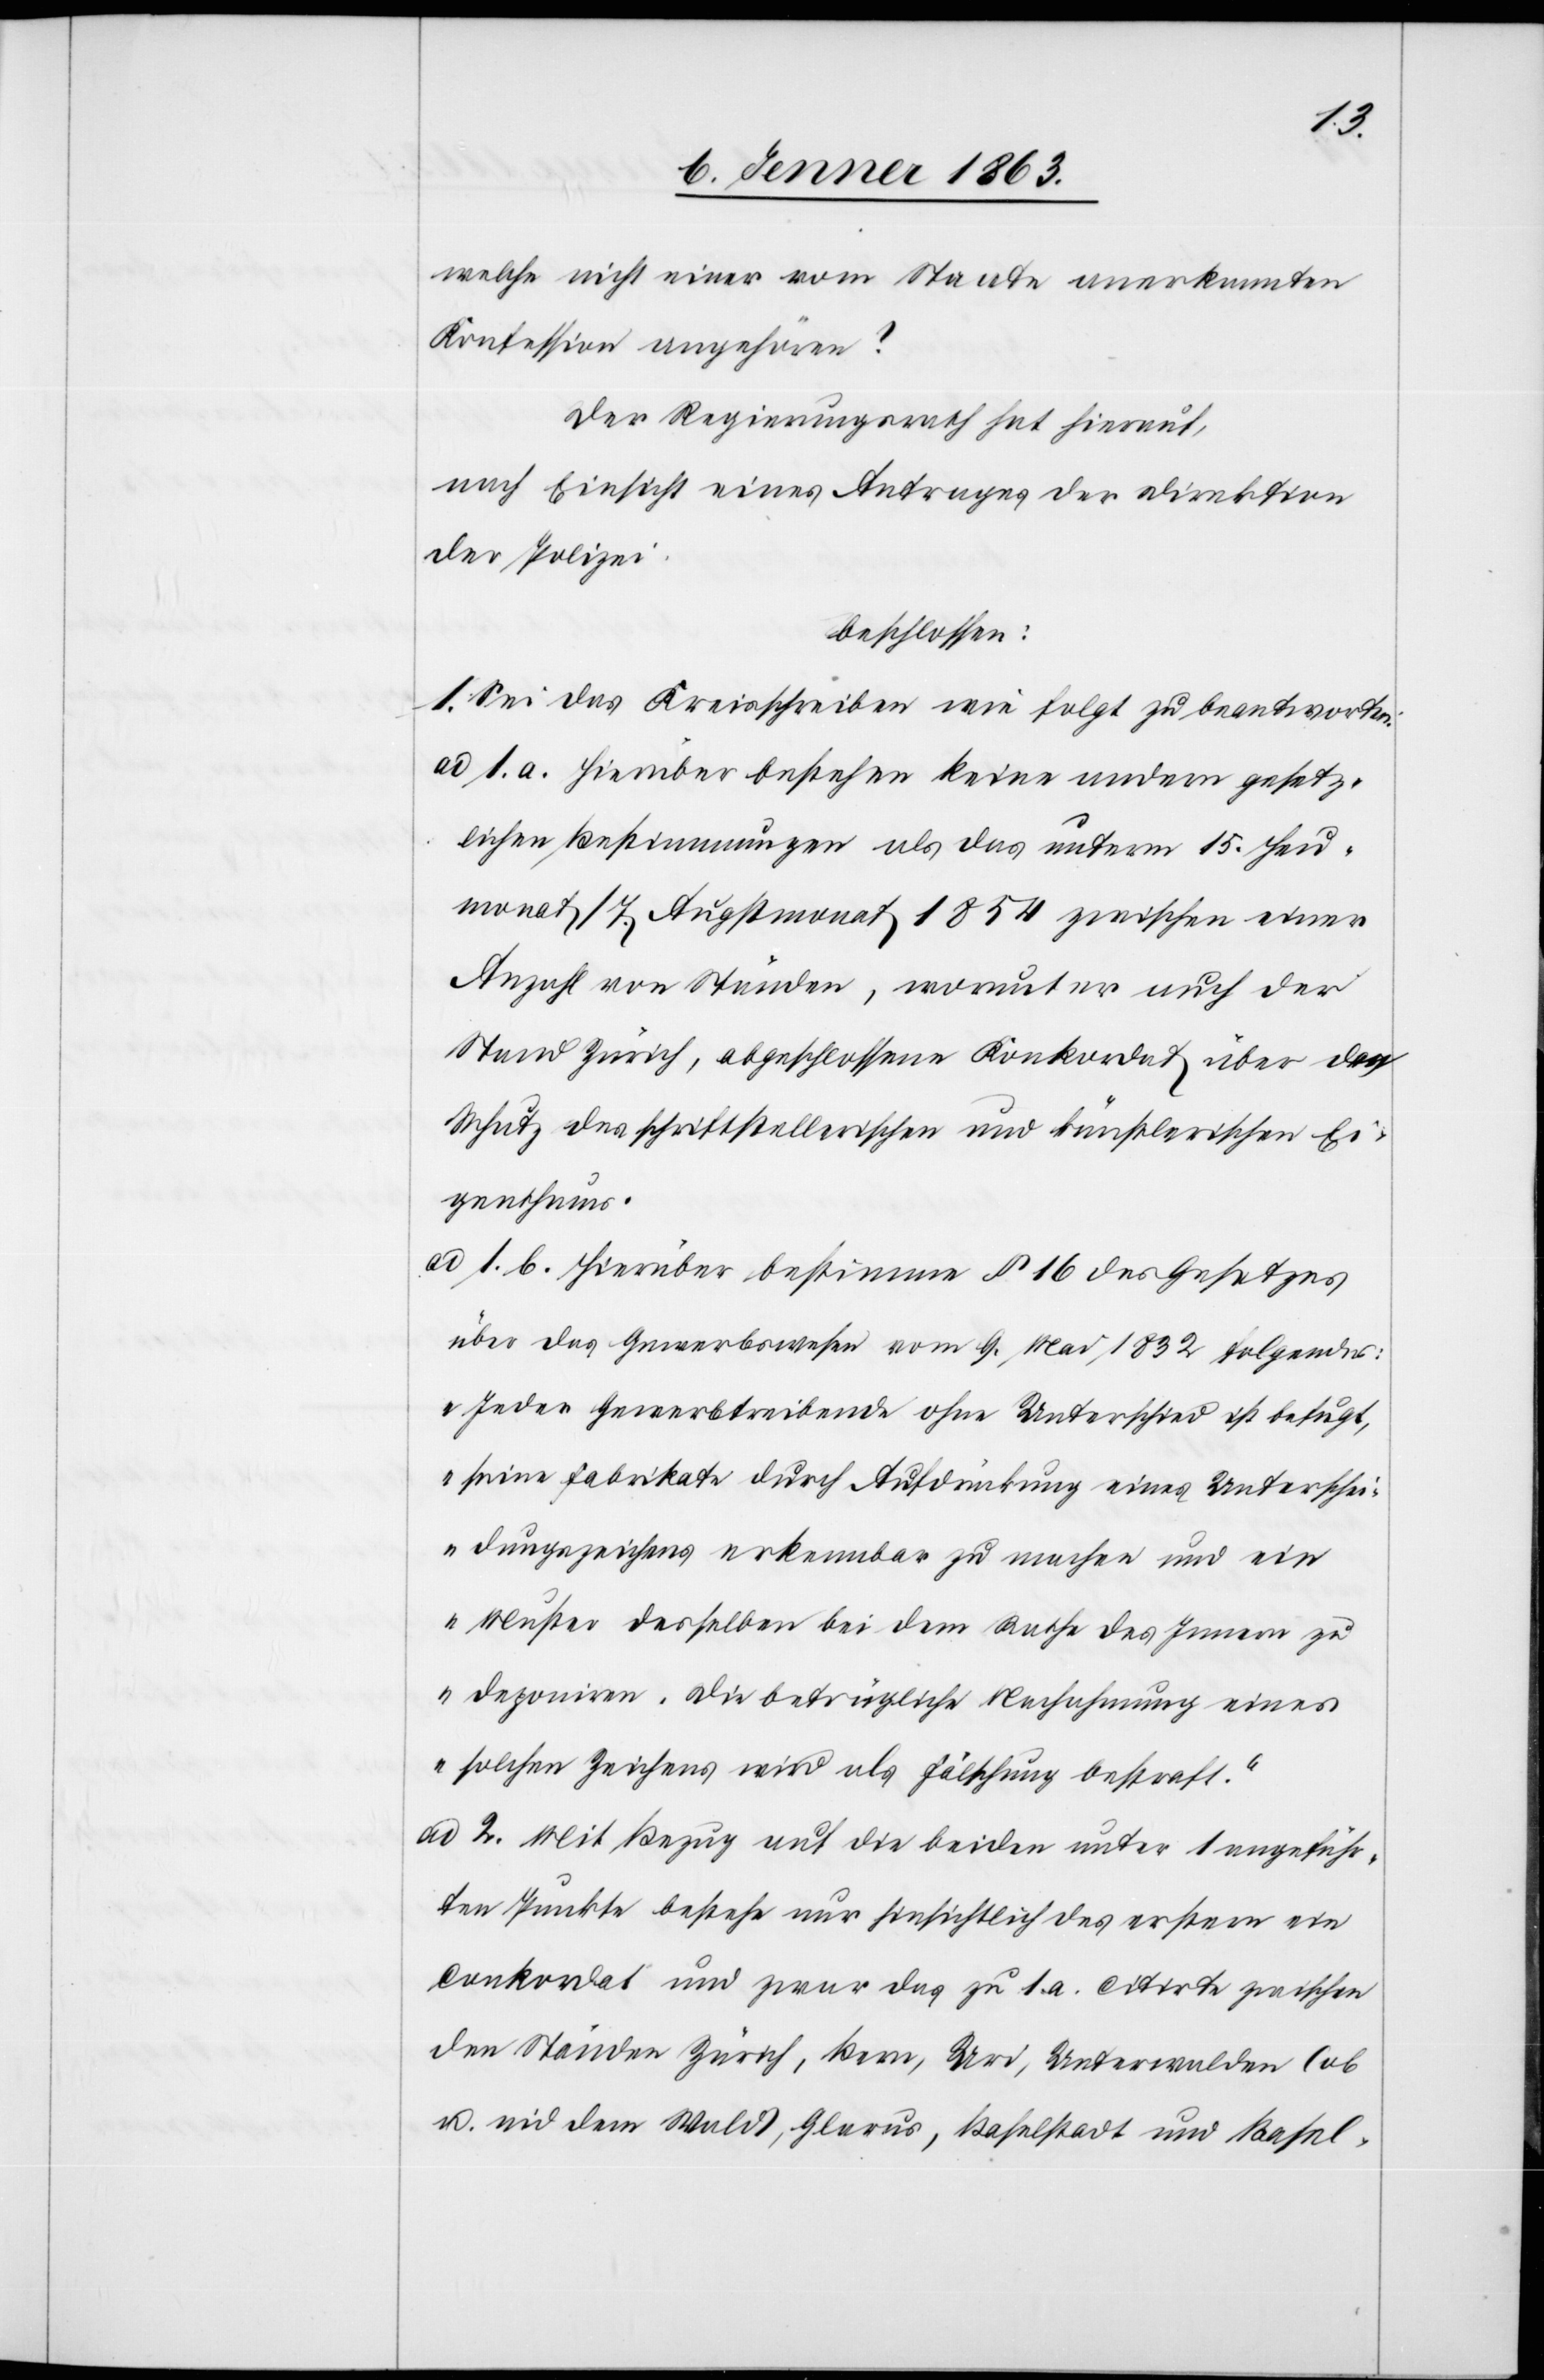
welche nicht einer vom Staate anerkannten
Konfession angehören?
Der Regierungsrath hat hierauf,
nach Einsicht eines Antrages der Direktion
der Polizei
beschlossen:
1. Sei das Kreisschreiben wie folgt zu beantworten:
ad 1 a. Hierüber bestehen keine andern gesetz¬
lichen Bestimmungen als das unterm 15. Heu¬
monat/7. Augstmonat 1854 zwischen einer
Anzahl von Ständen, worunter auch der
Stand Zürich, abgeschlossene Konkordat über den
Schutz des schriftstellerischen und künstlerischen Ei¬
genthums.
ad 1. b. Hierüber bestimme § 16 des Gesetzes
über das Gewerbswesen vom 9. Mai 1832 Folgendes:
„Jeder Gewerbtreibende ohne Unterschied ist befugt,
seine Fabrikate durch Aufdrückung eines Unterschei¬
dungszeichens erkennbar zu machen und ein
Muster desselben bei dem Rathe des Innern zu
deponiren. Die betrügliche Nachahmung eines
solchen Zeichens wird als Fälschung bestraft.“
ad 2. Mit Bezug auf die beiden unter 1 angeführ¬
ten Punkte bestehe nur hinsichtlich des erstern ein
Conkordat und zwar das zu 1. a. citirte zwischen
den Ständen Zürich, Bern, Uri, Unterwalden (ob
u. nid dem Wald), Glarus, Baselstadt und Basel-